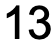
13